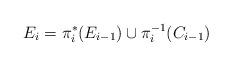
LaTeX: \begin{align*}E_i= \pi_i^*(E_{i-1})\cup \pi_i^{-1}(C_{i-1})\end{align*}